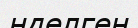
нделген